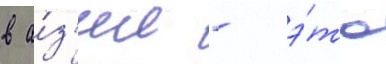
в а́з'ии - э́то